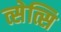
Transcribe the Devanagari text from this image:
त्सेत्सि